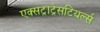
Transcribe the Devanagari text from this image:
एक्सट्राट्रेसटियर्ल्स